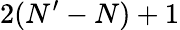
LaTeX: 2(N^{\prime}-N)+1